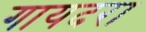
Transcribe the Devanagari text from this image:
गायदरा